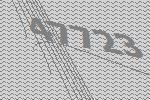
47723